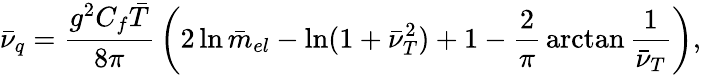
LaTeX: \bar{\nu}_{q}={\frac{g^{2}C_{f}\bar{T}}{8\pi}}\left(2\ln\bar{m}_{el}-\ln(1+\bar{\nu}_{T}^{2})+1-{\frac{2}{\pi}}\arctan{\frac{1}{\bar{\nu}_{T}}}\right),